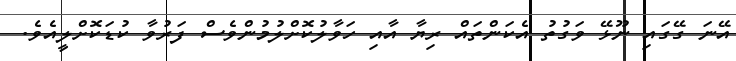
އޭނަ ގޭގައި ނޫޅޭ ވަގުތު އެކަންތައް ރިޔާ އާއި ހަވާލުކޮށްލުމުންވެސް ފަރުވާ ކުޑަކޮށްލީއެވެ.